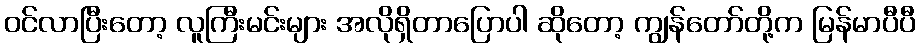
ဝင်လာပြီးတော့ လူကြီးမင်းများ အလိုရှိတာပြောပါ ဆိုတော့ ကျွန်တော်တို့က မြန်မာပီပီ